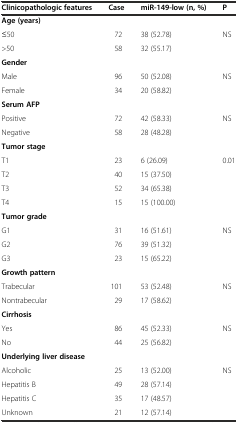
<table><thead><tr><td><b>Clinicopathologic features</b></td><td><b>Case</b></td><td><b>miR-149-low (n, %)</b></td><td><b>P</b></td></tr></thead><tbody><tr><td><b>Age (years)</b></td><td></td><td></td><td></td></tr><tr><td>≤50</td><td>72</td><td>38 (52.78)</td><td rowspan="2">NS</td></tr><tr><td>&gt;50</td><td>58</td><td>32 (55.17)</td></tr><tr><td><b>Gender</b></td><td></td><td></td><td></td></tr><tr><td>Male</td><td>96</td><td>50 (52.08)</td><td rowspan="2">NS</td></tr><tr><td>Female</td><td>34</td><td>20 (58.82)</td></tr><tr><td><b>Serum AFP</b></td><td></td><td></td><td></td></tr><tr><td>Positive</td><td>72</td><td>42 (58.33)</td><td rowspan="2">NS</td></tr><tr><td>Negative</td><td>58</td><td>28 (48.28)</td></tr><tr><td><b>Tumor stage</b></td><td></td><td></td><td></td></tr><tr><td>T1</td><td>23</td><td>6 (26.09)</td><td rowspan="4">0.01</td></tr><tr><td>T2</td><td>40</td><td>15 (37.50)</td></tr><tr><td>T3</td><td>52</td><td>34 (65.38)</td></tr><tr><td>T4</td><td>15</td><td>15 (100.00)</td></tr><tr><td><b>Tumor grade</b></td><td></td><td></td><td></td></tr><tr><td>G1</td><td>31</td><td>16 (51.61)</td><td rowspan="3">NS</td></tr><tr><td>G2</td><td>76</td><td>39 (51.32)</td></tr><tr><td>G3</td><td>23</td><td>15 (65.22)</td></tr><tr><td><b>Growth pattern</b></td><td></td><td></td><td></td></tr><tr><td>Trabecular</td><td>101</td><td>53 (52.48)</td><td rowspan="2">NS</td></tr><tr><td>Nontrabecular</td><td>29</td><td>17 (58.62)</td></tr><tr><td><b>Cirrhosis</b></td><td></td><td></td><td></td></tr><tr><td>Yes</td><td>86</td><td>45 (52.33)</td><td rowspan="2">NS</td></tr><tr><td>No</td><td>44</td><td>25 (56.82)</td></tr><tr><td><b>Underlying liver disease</b></td><td></td><td></td><td></td></tr><tr><td>Alcoholic</td><td>25</td><td>13 (52.00)</td><td rowspan="4">NS</td></tr><tr><td>Hepatitis B</td><td>49</td><td>28 (57.14)</td></tr><tr><td>Hepatitis C</td><td>35</td><td>17 (48.57)</td></tr><tr><td>Unknown</td><td>21</td><td>12 (57.14)</td></tr></tbody></table>